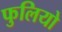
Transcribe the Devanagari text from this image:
फुलियो